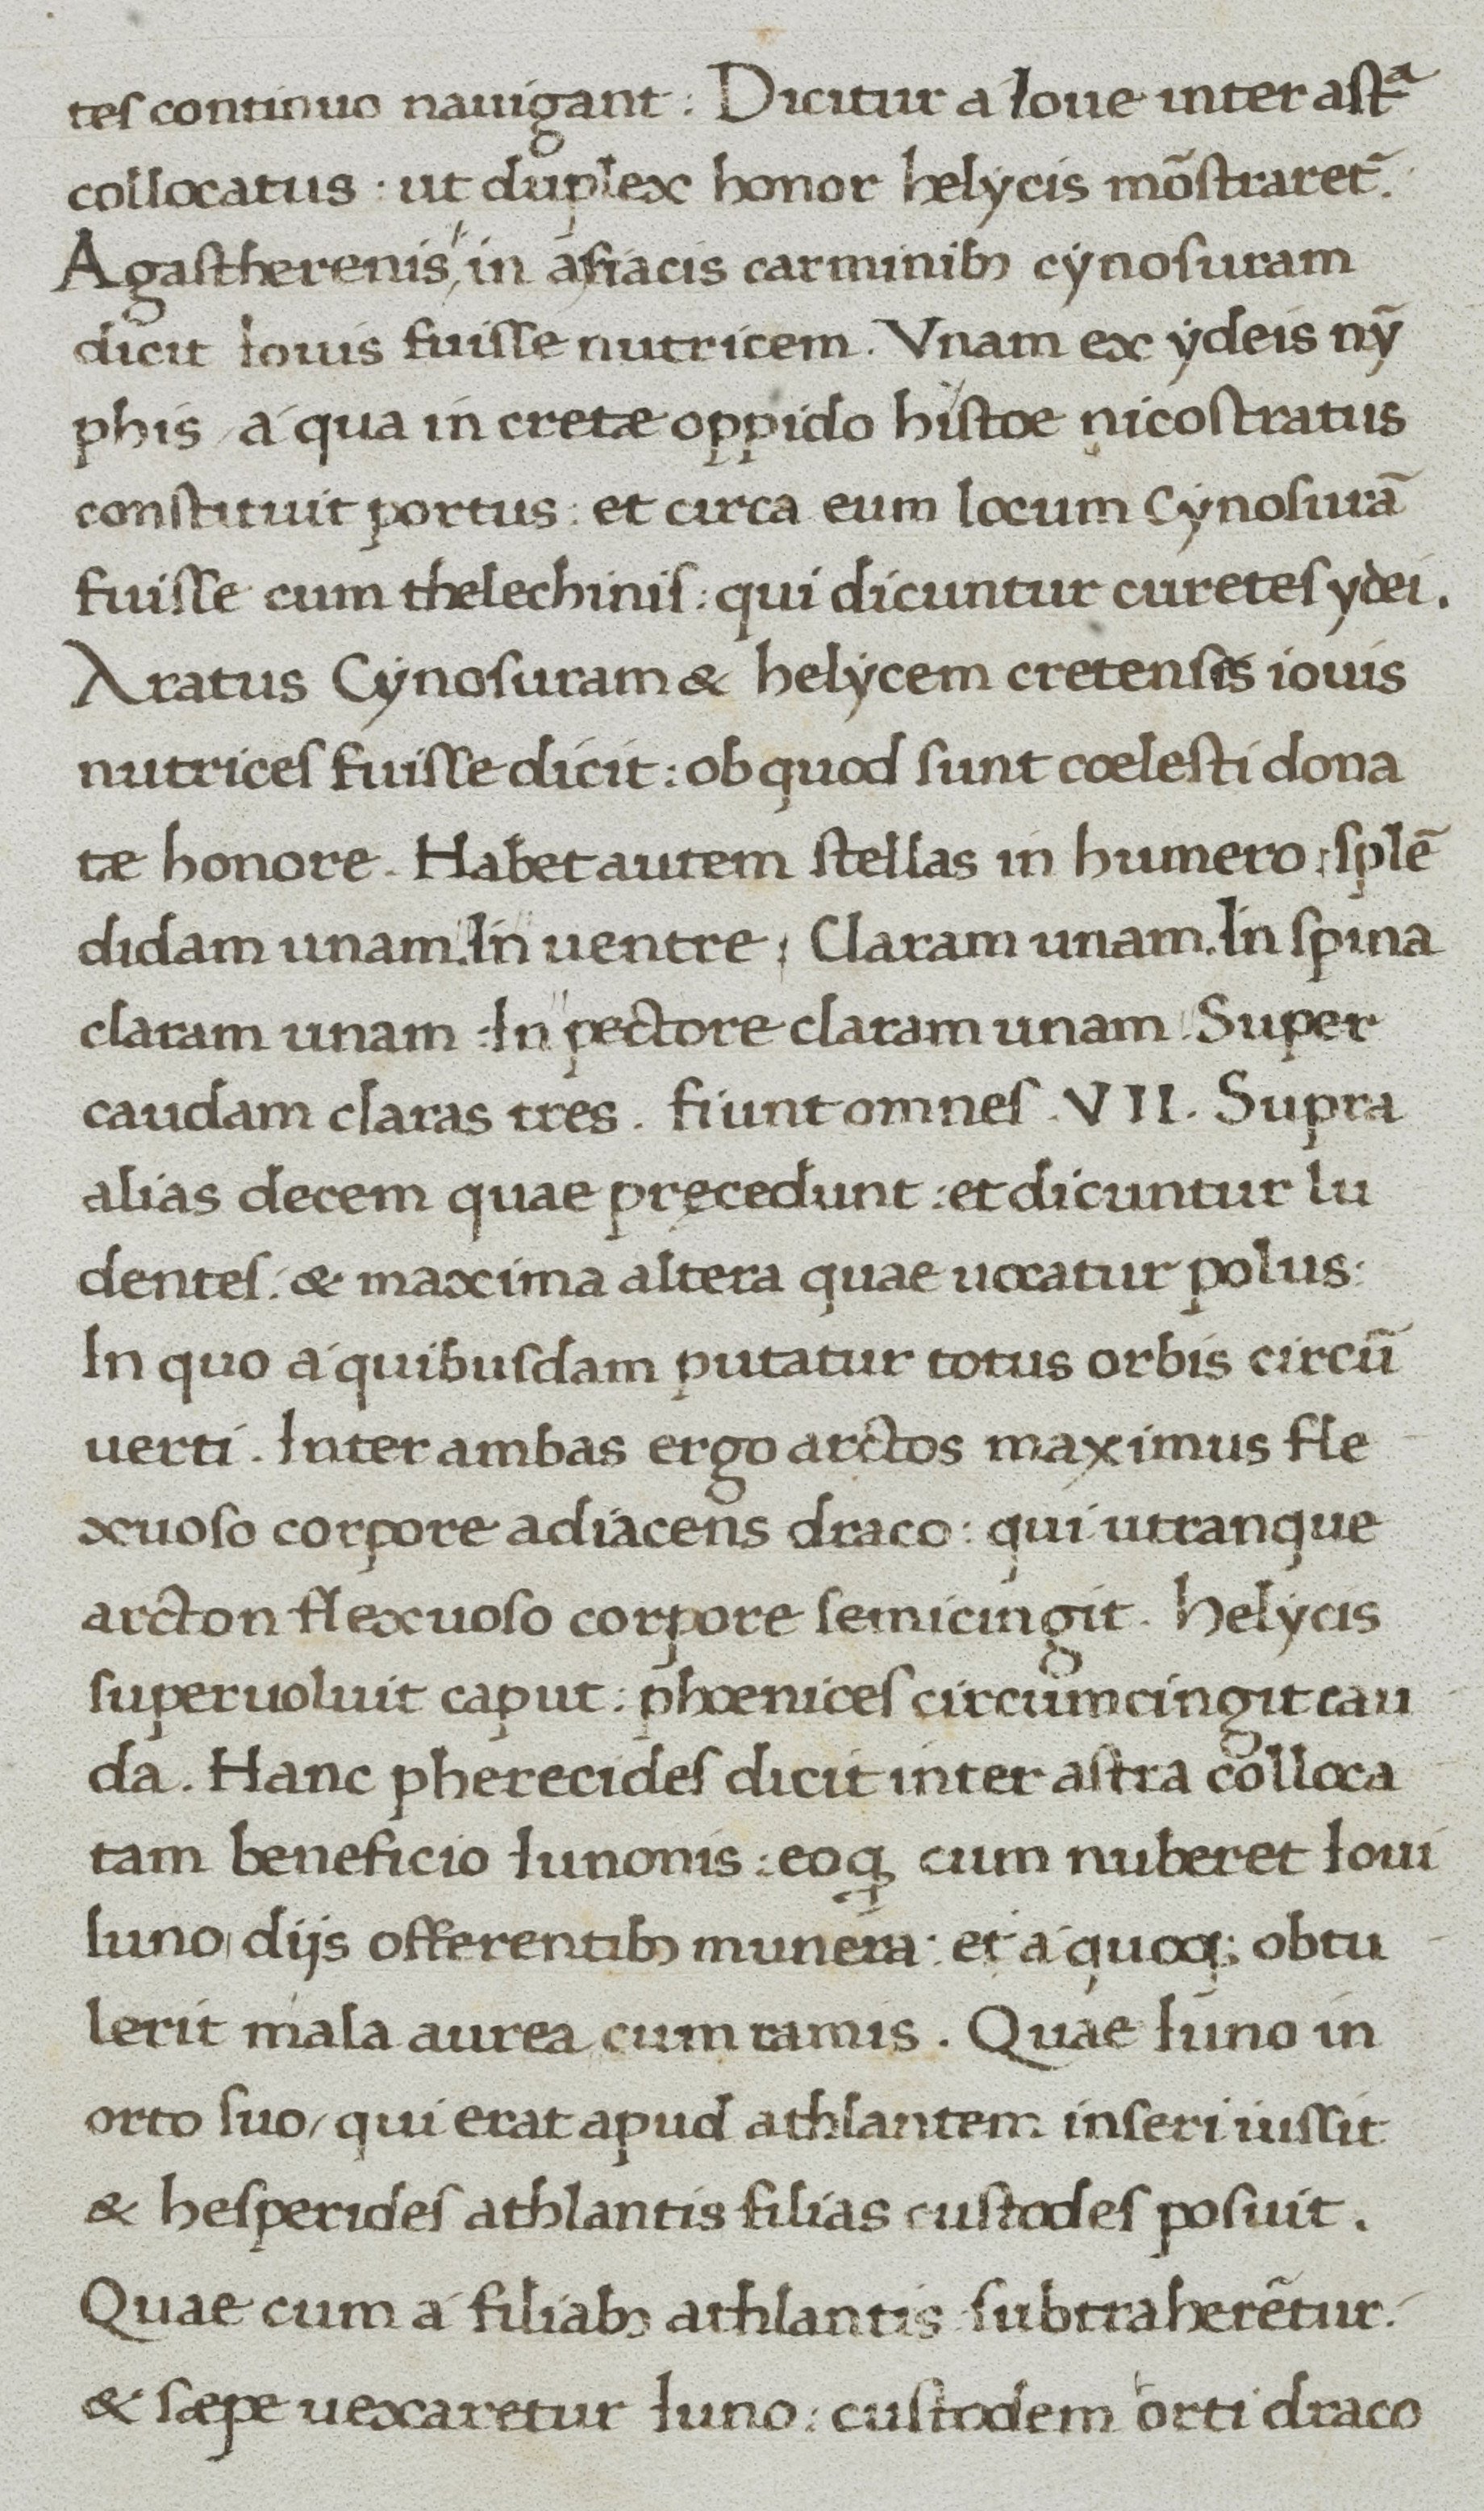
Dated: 1400–1499